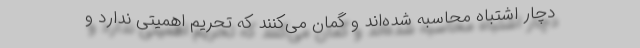
دچار اشتباه محاسبه شده‌اند و گمان می‌کنند که تحریم اهمیتی ندارد و